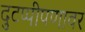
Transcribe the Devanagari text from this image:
दुटप्पीपणावर